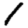
Digit: 1